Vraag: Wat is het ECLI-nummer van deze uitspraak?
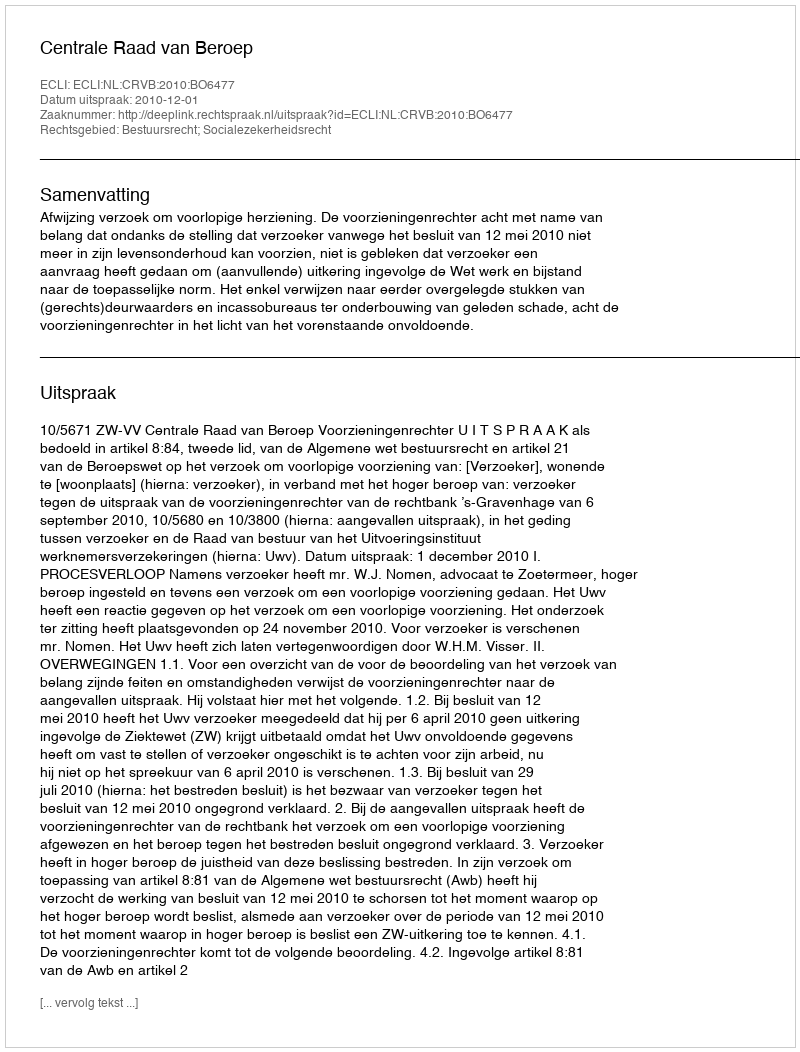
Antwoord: ECLI:NL:CRVB:2010:BO6477